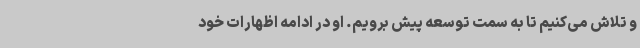
و تلاش می‌کنیم تا به سمت توسعه پیش برویم. او در ادامه اظهارات خود